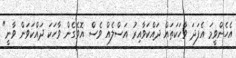
އެހެންވީމަ އެފަދަ ވާހަކަތައް ދައްކަވާއިރު އަސްލެއް ވެސް އޮވެގެން ވާހަކަ ދައްކަވަން ވާނީ"